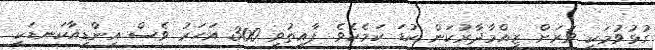
ގުޅުވުމަކީ ވަރަށް ޒިއްމާދާރުކަން ކުޑަ ކަމެކެވެ. ފާއިތުވި 300 އަހަރު ވެސް އިންޑިއާކަނޑަކީ